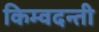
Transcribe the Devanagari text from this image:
किम्वदन्ती